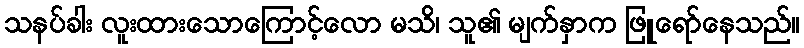
သနပ်ခါး လူးထားသောကြောင့်လော မသိ၊ သူ၏ မျက်နှာက ဖြူရော်နေသည်။